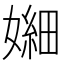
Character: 𫱫